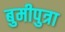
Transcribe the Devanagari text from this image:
बुमीपुत्रा